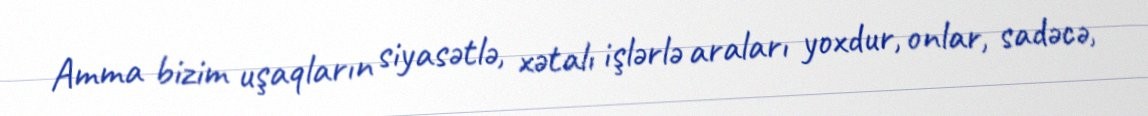
Amma bizim uşaqların siyasətlə, xətalı işlərlə araları yoxdur, onlar, sadəcə,